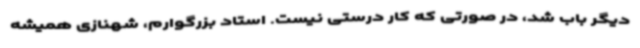
دیگر باب شد، در صورتی که کار درستی نیست. استاد بزرگوارم، شهنازی همیشه